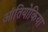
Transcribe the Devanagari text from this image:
आंतियोकिया